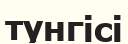
түнгісі